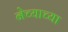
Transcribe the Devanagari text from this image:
नेच्याच्या